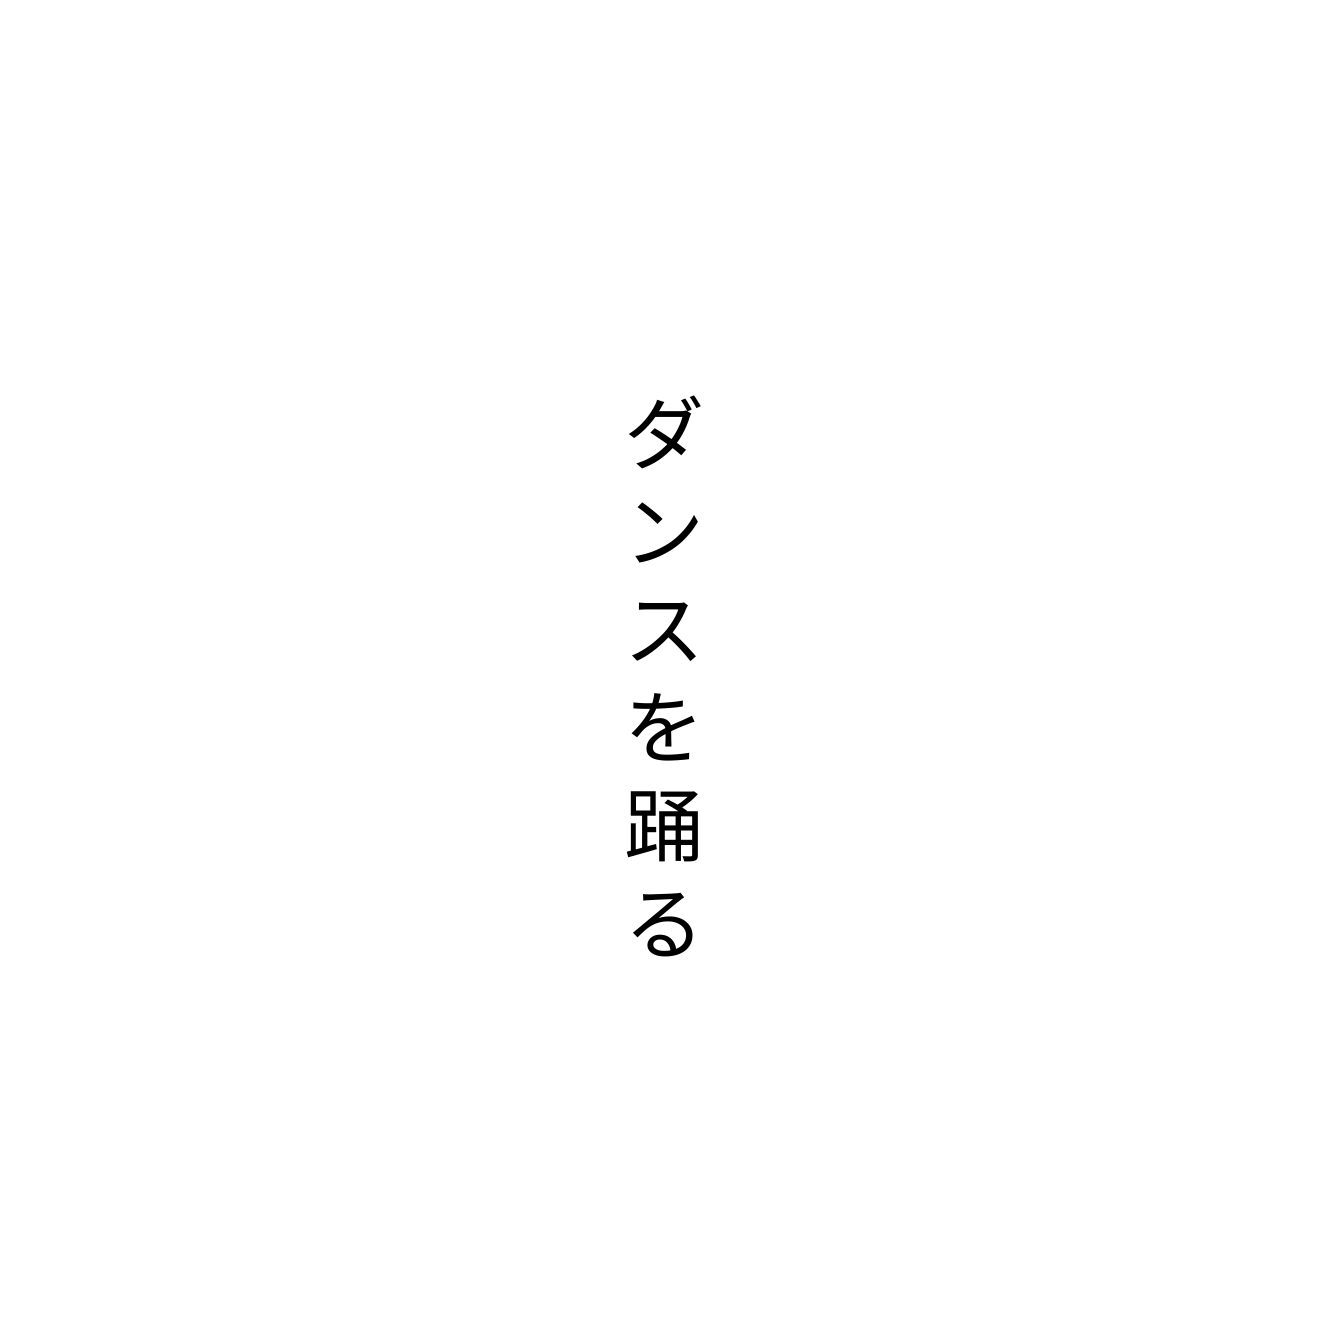
ダンスを踊る